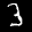
Label: 3